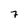
Character: 7